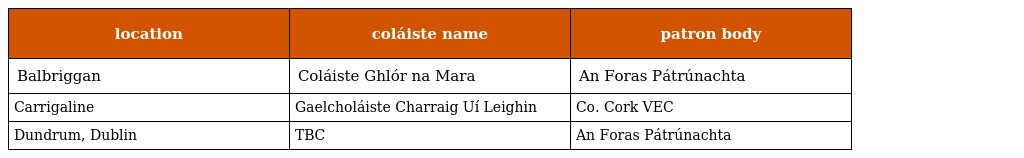
| location | coláiste name | patron body |
 | --- | --- | --- |
 | Balbriggan | Coláiste Ghlór na Mara | An Foras Pátrúnachta |
 | Carrigaline | Gaelcholáiste Charraig Uí Leighin | Co. Cork VEC |
 | Dundrum, Dublin | TBC | An Foras Pátrúnachta |